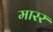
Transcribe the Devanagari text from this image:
मारर